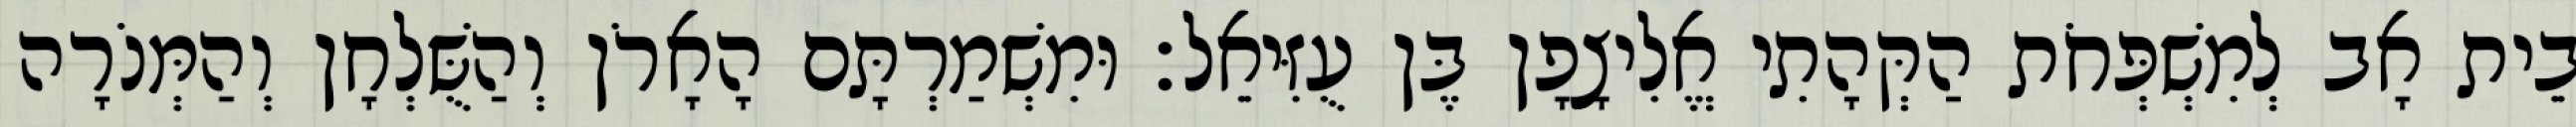
בֵית אָב לְמִשְׁפְּחֹת הַקְּהָתִי אֱלִיצָפָן בֶּן עֻזִּיאֵל׃ וּמִשְׁמַרְתָּם הָאָרֹן וְהַשֻּׁלְחָן וְהַמְּנֹרָה